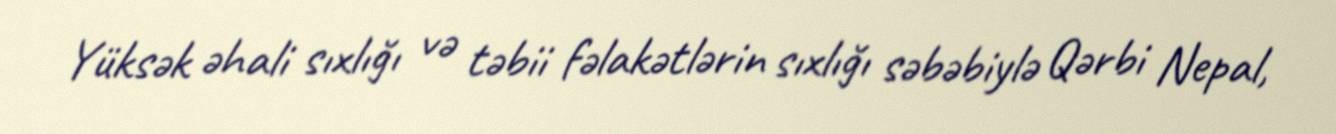
Yüksək əhali sıxlığı və təbii fəlakətlərin sıxlığı səbəbiylə Qərbi Nepal,